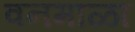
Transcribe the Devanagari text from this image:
वनमाळा